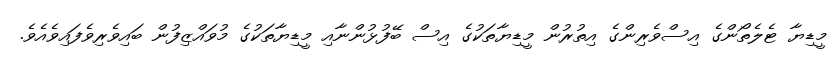
މީޑިޔާ ޓެލެތޯންގެ އިސްވެރިންގެ އިތުރުން މީޑިޔާތަކުގެ އިސް ބޭފުޅުންނާއި މީޑިޔާތަކުގެ މުވައްޒިފުން ބައިވެރިވެފައިވެއެވެ.